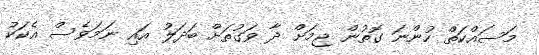
މަސައްކަތް ހުންނަ ގޮތުން ޖިމަށް ދާ ވަގުތަށް ބަދަލު އައި ނަމަވެސް އެކަކު